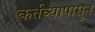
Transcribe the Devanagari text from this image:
कर्तव्यापासुन